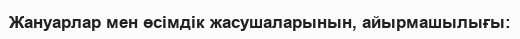
Жануарлар мен өсімдік жасушаларынын, айырмашылығы: